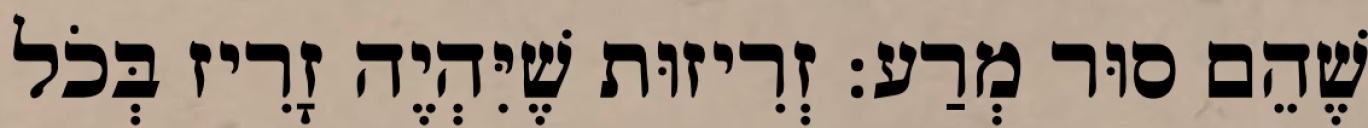
שֶׁהֵם סוּר מְרַע: זְרִיזוּת שֶׁיִּהְיֶה זָרִיז בְּכֹל